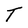
Character: T